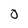
Character: 0